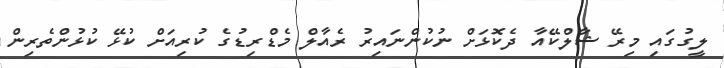
ލީގުގައި މިރޭ ޝާލްކޭއާ ދެކޮޅަށް ނުކުންނައިރު ރެއާލް މެޑްރިޑުގެ ކުރިއަށް ކުޅޭ ކުޅުންތެރިން